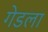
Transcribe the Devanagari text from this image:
गेडला